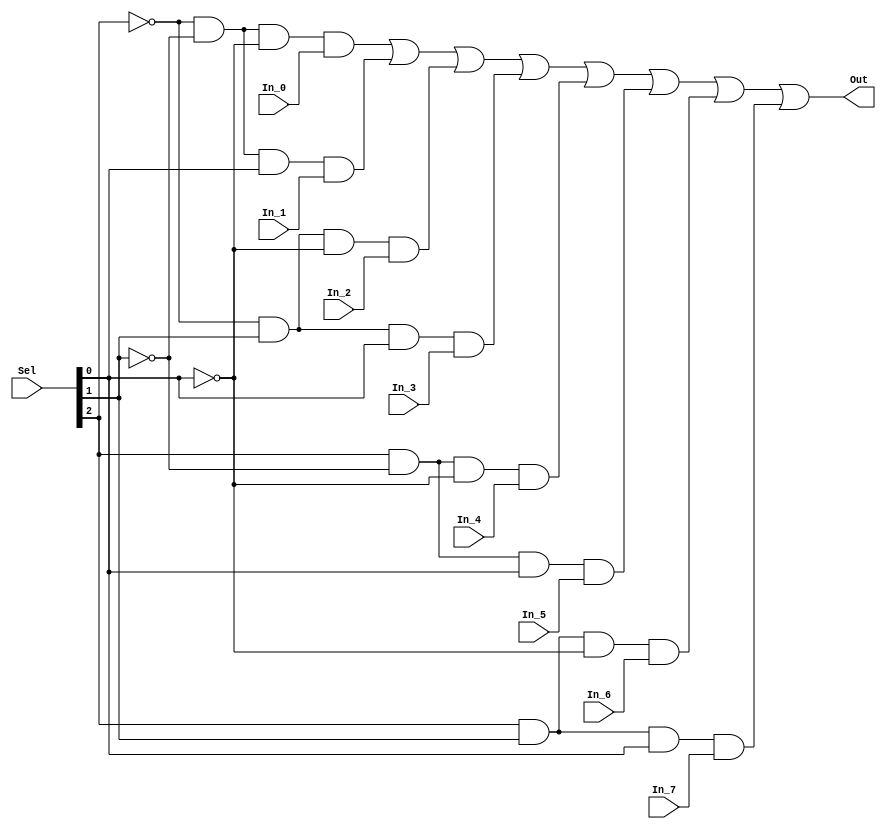
module mux8x1x1 (
    input In_0,
    input In_1,
    input In_2,
    input In_3,
    input In_4,
    input In_5,
    input In_6,
    input In_7,
    input [2:0] Sel,
    output Out
);

wire and_result_0, and_result_1, and_result_2, and_result_3,
and_result_4, and_result_5, and_result_6, and_result_7;

// AND gates for each input and its corresponding selection bit
and and_result_0_inst (and_result_0, ~(Sel[2]), ~(Sel[1]), ~(Sel[0]), In_0);
and and_result_1_inst (and_result_1, ~(Sel[2]), ~(Sel[1]),   Sel[0],  In_1);
and and_result_2_inst (and_result_2, ~(Sel[2]),   Sel[1],  ~(Sel[0]), In_2);
and and_result_3_inst (and_result_3, ~(Sel[2]),   Sel[1],    Sel[0],  In_3);
and and_result_4_inst (and_result_4,   Sel[2] , ~(Sel[1]), ~(Sel[0]), In_4);
and and_result_5_inst (and_result_5,   Sel[2] , ~(Sel[1]),   Sel[0],  In_5);
and and_result_6_inst (and_result_6,   Sel[2] ,   Sel[1],  ~(Sel[0]), In_6);
and and_result_7_inst (and_result_7,   Sel[2] ,   Sel[1],    Sel[0],  In_7);

// OR gate to combine the outputs of the AND gates
or or_result (Out,
              and_result_0, and_result_1, and_result_2, and_result_3,
              and_result_4, and_result_5, and_result_6, and_result_7);
    
endmodule